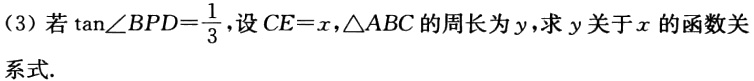
(3) 若\(\tan\angle BPD = \frac{1}{3}\)，设\(CE = x\)，\(\triangle ABC\)的周长为\(y\)，求\(y\)关于\(x\)的函数关系式.